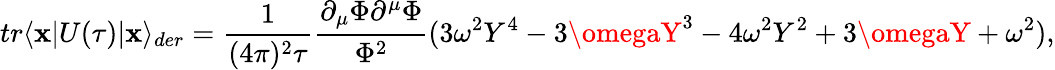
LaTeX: tr\langle\mathbf{x}|U(\tau)|\mathbf{x}\rangle_{der}=\frac{{1}}{{(4\pi)^{2}\tau}}\frac{{\partial_{\mu}\Phi\partial^{\mu}\Phi}}{{\Phi^{2}}}(3\omega^{2}Y^{4}-3\omegaY^{3}-4\omega^{2}Y^{2}+3\omegaY+\omega^{2}),